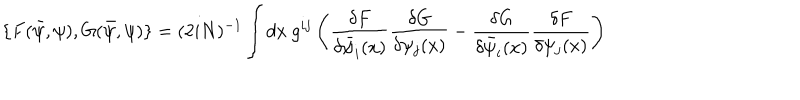
LaTeX: \{ F ( \bar { \psi } , \psi ) , G ( \bar { \psi } , \psi ) \} = ( 2 i N ) ^ { - 1 } \int d x ~ g ^ { i j } \left( \frac { \delta F } { \delta \bar { \psi } _ { i } ( x ) } \frac { \delta G } { \delta \psi _ { j } ( x ) } - \frac { \delta G } { \delta \bar { \psi } _ { i } ( x ) } \frac { \delta F } { \delta \psi _ { j } ( x ) } \right)